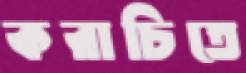
করাচিতে